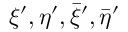
\xi ^ { \prime } , \eta ^ { \prime } , { \bar { \xi } } ^ { \prime } , { \bar { \eta } } ^ { \prime }